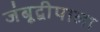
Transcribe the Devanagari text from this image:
जंबूद्वीपाला